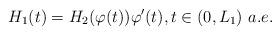
LaTeX: \begin{align*}H_1(t) = H_2(\varphi(t))\varphi'(t), t\in (0,L_1)\ a.e.\end{align*}